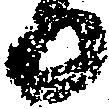
日